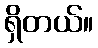
ရှိတယ်။